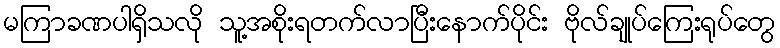
မကြာခဏပါရှိသလို သူ့အစိုးရတက်လာပြီးနောက်ပိုင်း ဗိုလ်ချုပ်ကြေးရုပ်တွေ